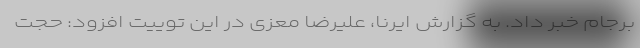
برجام خبر داد. به گزارش ایرنا، علیرضا معزی در این توییت افزود: حجت